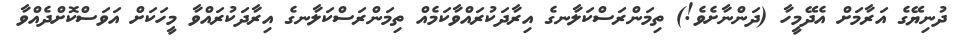
ދުނިޔޭގެ އަރާމަށް އެދޭމީހާ (ދަންނާށެވެ!) ތިމަންރަސްކަލާނގެ އިރާދަކުރައްވާކަމެއް ތިމަންރަސްކަލާނގެ އިރާދަކުރައްވާ މީހަކަށް އަވަސްކޮށްދެއްވާ